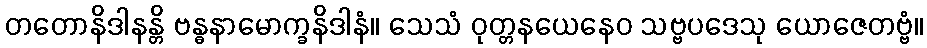
တတောနိဒါနန္တိ ဗန္ဓနာမောက္ခနိဒါနံ။ သေသံ ဝုတ္တနယေနေဝ သဗ္ဗပဒေသု ယောဇေတဗ္ဗံ။